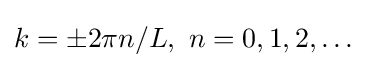
k=\pm 2\pi n/L,\ n=0,1,2,\ldots